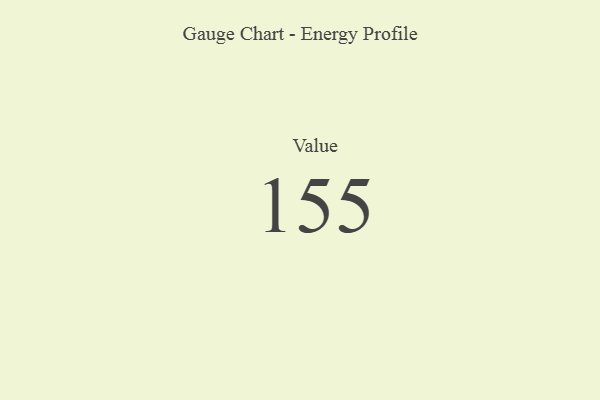
{"axis": {"x": "Metric", "y": "Value"}, "legend": [""], "data": [{"x": "Value", "y": 155, "type": ""}]}